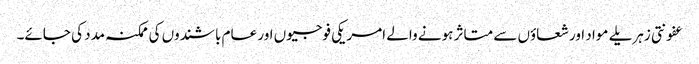
عفونتی زہریلے مواد اور شعاؤں سے متاثر ہونے والے امریکی فوجیوں اور عام باشندوں کی ممکنہ مدد کی جائے۔